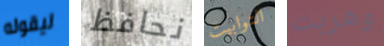
ليقوله نحافظ التوابيت وهربت